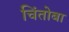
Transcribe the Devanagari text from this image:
चिंतोबा